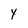
Character: 4